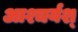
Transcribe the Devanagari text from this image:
आश्चर्यश्